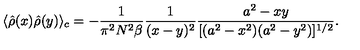
\langle \hat { \rho } ( x ) \hat { \rho } ( y ) \rangle _ { c } = - { \frac { 1 } { \pi ^ { 2 } N ^ { 2 } \beta } } { \frac { 1 } { ( x - y ) ^ { 2 } } } { \frac { a ^ { 2 } - x y } { [ ( a ^ { 2 } - x ^ { 2 } ) ( a ^ { 2 } - y ^ { 2 } ) ] ^ { 1 / 2 } } } .